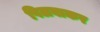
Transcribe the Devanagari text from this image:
पिलवाकर